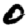
Digit: 0